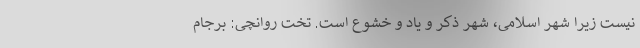
نیست زیرا شهر اسلامی، شهر ذکر و یاد و خشوع است. تخت روانچی: برجام